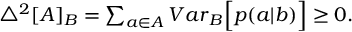
\begin{array} { r } { \bigtriangleup ^ { 2 } [ A ] _ { B } = \sum _ { a \in A } { V a r } _ { B } \Big [ p ( a | b ) \Big ] \geq 0 . } \end{array}